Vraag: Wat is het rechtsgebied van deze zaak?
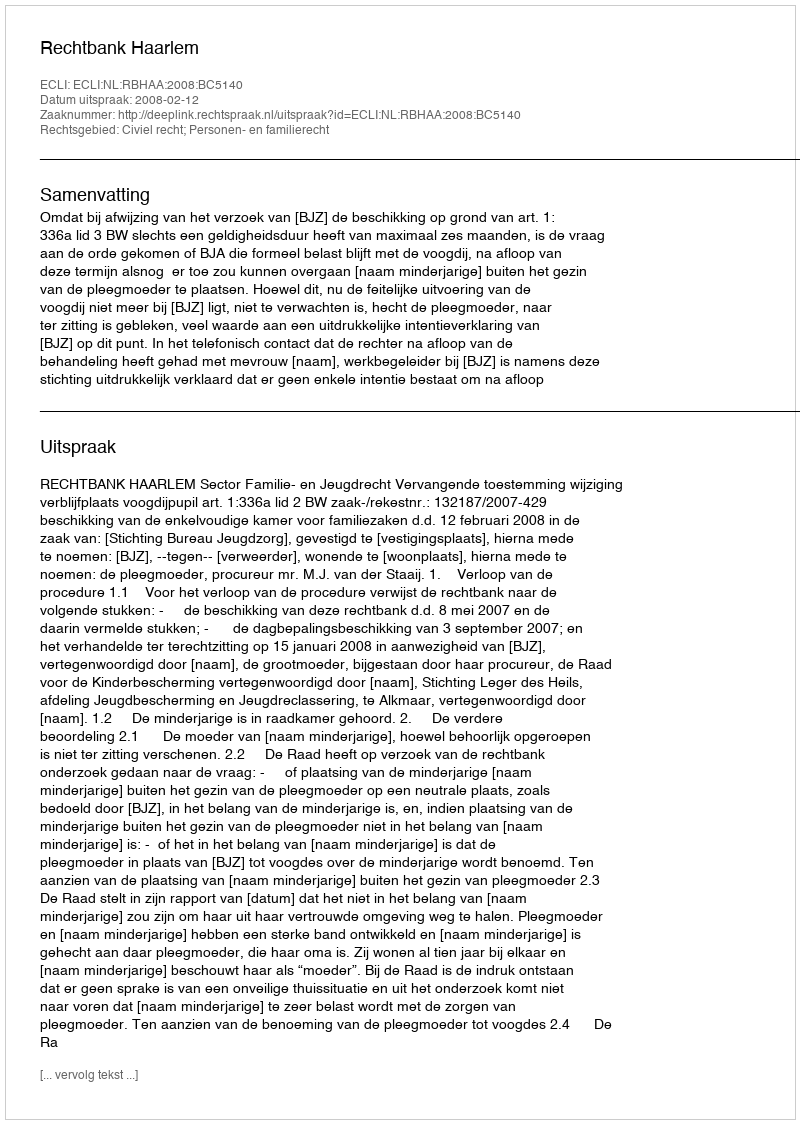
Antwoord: Civiel recht; Personen- en familierecht